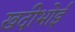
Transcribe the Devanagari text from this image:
खदीभोई